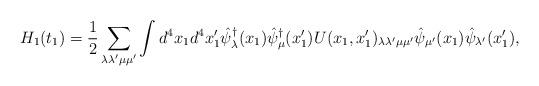
LaTeX: \begin{align*}H_{1}(t_{1})=\frac{1}{2}\sum_{\lambda\lambda^{\prime} \mu\mu^{\prime}}\int d^{4}x_{1}d^{4}x_{1}^{\prime}\hat{\psi}_{\lambda}^{\dagger}(x_{1})\hat{\psi}_{\mu}^{\dagger}(x_{1}^{\prime})U(x_{1},x_{1}^{\prime})_{\lambda\lambda^{\prime} \mu\mu^{\prime}}\hat{\psi}_{\mu^{\prime}}(x_{1})\hat{\psi}_{\lambda^{\prime}}(x_{1}^{\prime}),\end{align*}